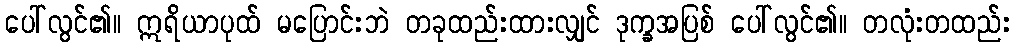
ပေါ်လွင်၏။ ဣရိယာပုထ် မပြောင်းဘဲ တခုထည်းထားလျှင် ဒုက္ခအပြစ် ပေါ်လွင်၏။ တလုံးတထည်း